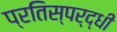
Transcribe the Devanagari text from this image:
प्रतिस्‍पर्द्धी